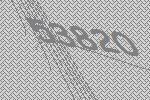
53820